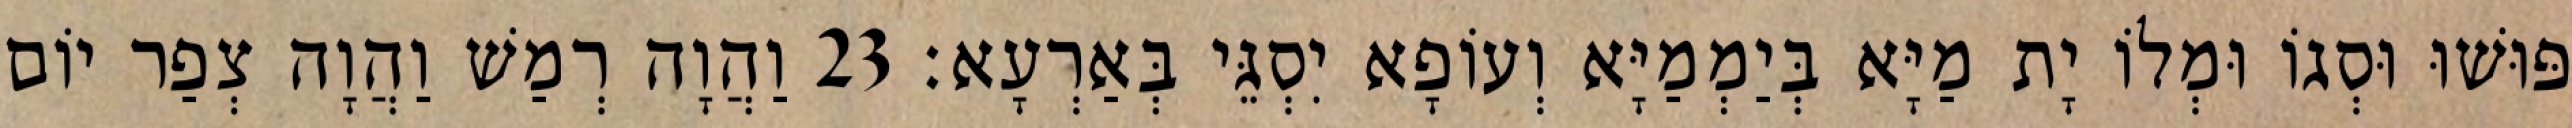
פּוּשׁוּ וּסְגוֹ וּמְלוֹ יָת מַיָּא בְּיַמְמַיָּא וְעוֹפָא יִסְגֵּי בְּאַרְעָא׃ 23 וַהֲוָה רְמַשׁ וַהֲוָה צְפַר יוֹם